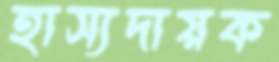
হাস্যদায়ক